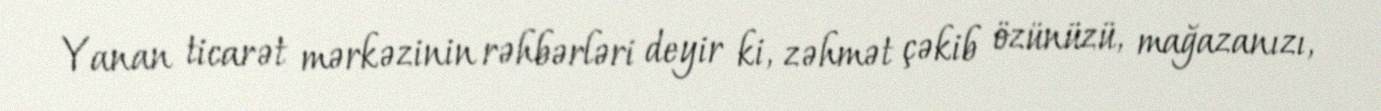
Yanan ticarət mərkəzinin rəhbərləri deyir ki, zəhmət çəkib özünüzü, mağazanızı,